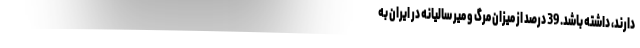
دارند، داشته باشد. 39 درصد از میزان مرگ و میر سالیانه در ایران به